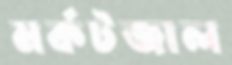
মর্কটজাল